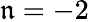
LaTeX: \mathfrak{n}=-2